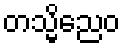
တသ္မိညေဝ